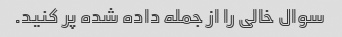
سوال خالی را از جمله داده شده پر کنید.